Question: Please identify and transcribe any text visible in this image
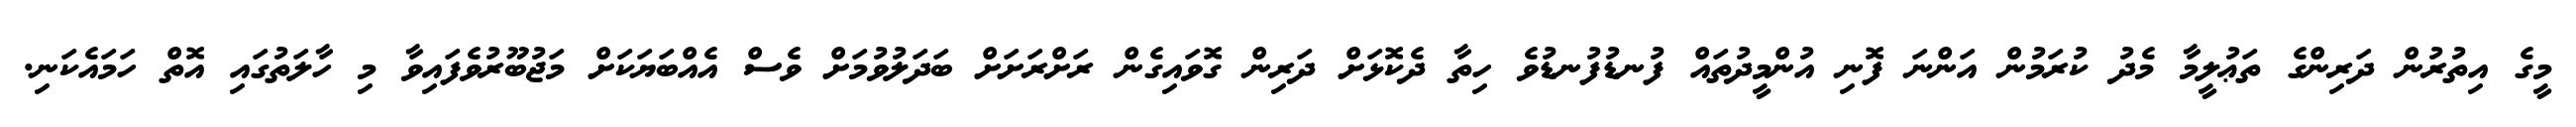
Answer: މީގެ އިތުރުން ދަރިންގެ ތަޢުލީމާ މެދު ކުރަމުން އަންނަ ފޮނި އުންމީދުތައް ފުނޑުފުނޑުވެ ހިތާ ދެކޮޅަށް ދަރިން ގޮވައިގެން ރަށްރަށަށް ބަދަލުވުމަށް ވެސް އެއްބަޔަކަށް މަޖުބޫރުވެފައިވާ މި ހާލަތުގައި އޮތް ހަމައެކަނި.